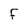
Character: f